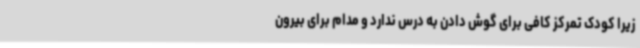
زیرا کودک تمرکز کافی برای گوش دادن به درس ندارد و مدام برای بیرون